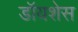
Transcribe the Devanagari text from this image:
डॉयशेस